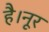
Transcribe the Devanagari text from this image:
है।नूर